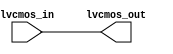
module lvcmos_buffer (
    input            lvcmos_in,
    output reg       lvcmos_out
);

assign lvcmos_out = lvcmos_in;

endmodule